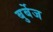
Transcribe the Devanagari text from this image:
बुर्बेज